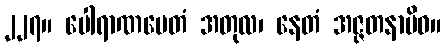
၂၂၇။ ပေါရာဏမေတံ အတုလ၊ နေတံ အဇ္ဇတနာမိဝ။